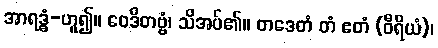
အာရဒ္ဓံ-ဟူ၍။ ဝေဒိတဗ္ဗံ၊ သိအပ်၏။ တဒေတံ တံ ဧတံ (ဝီရိယံ)၊